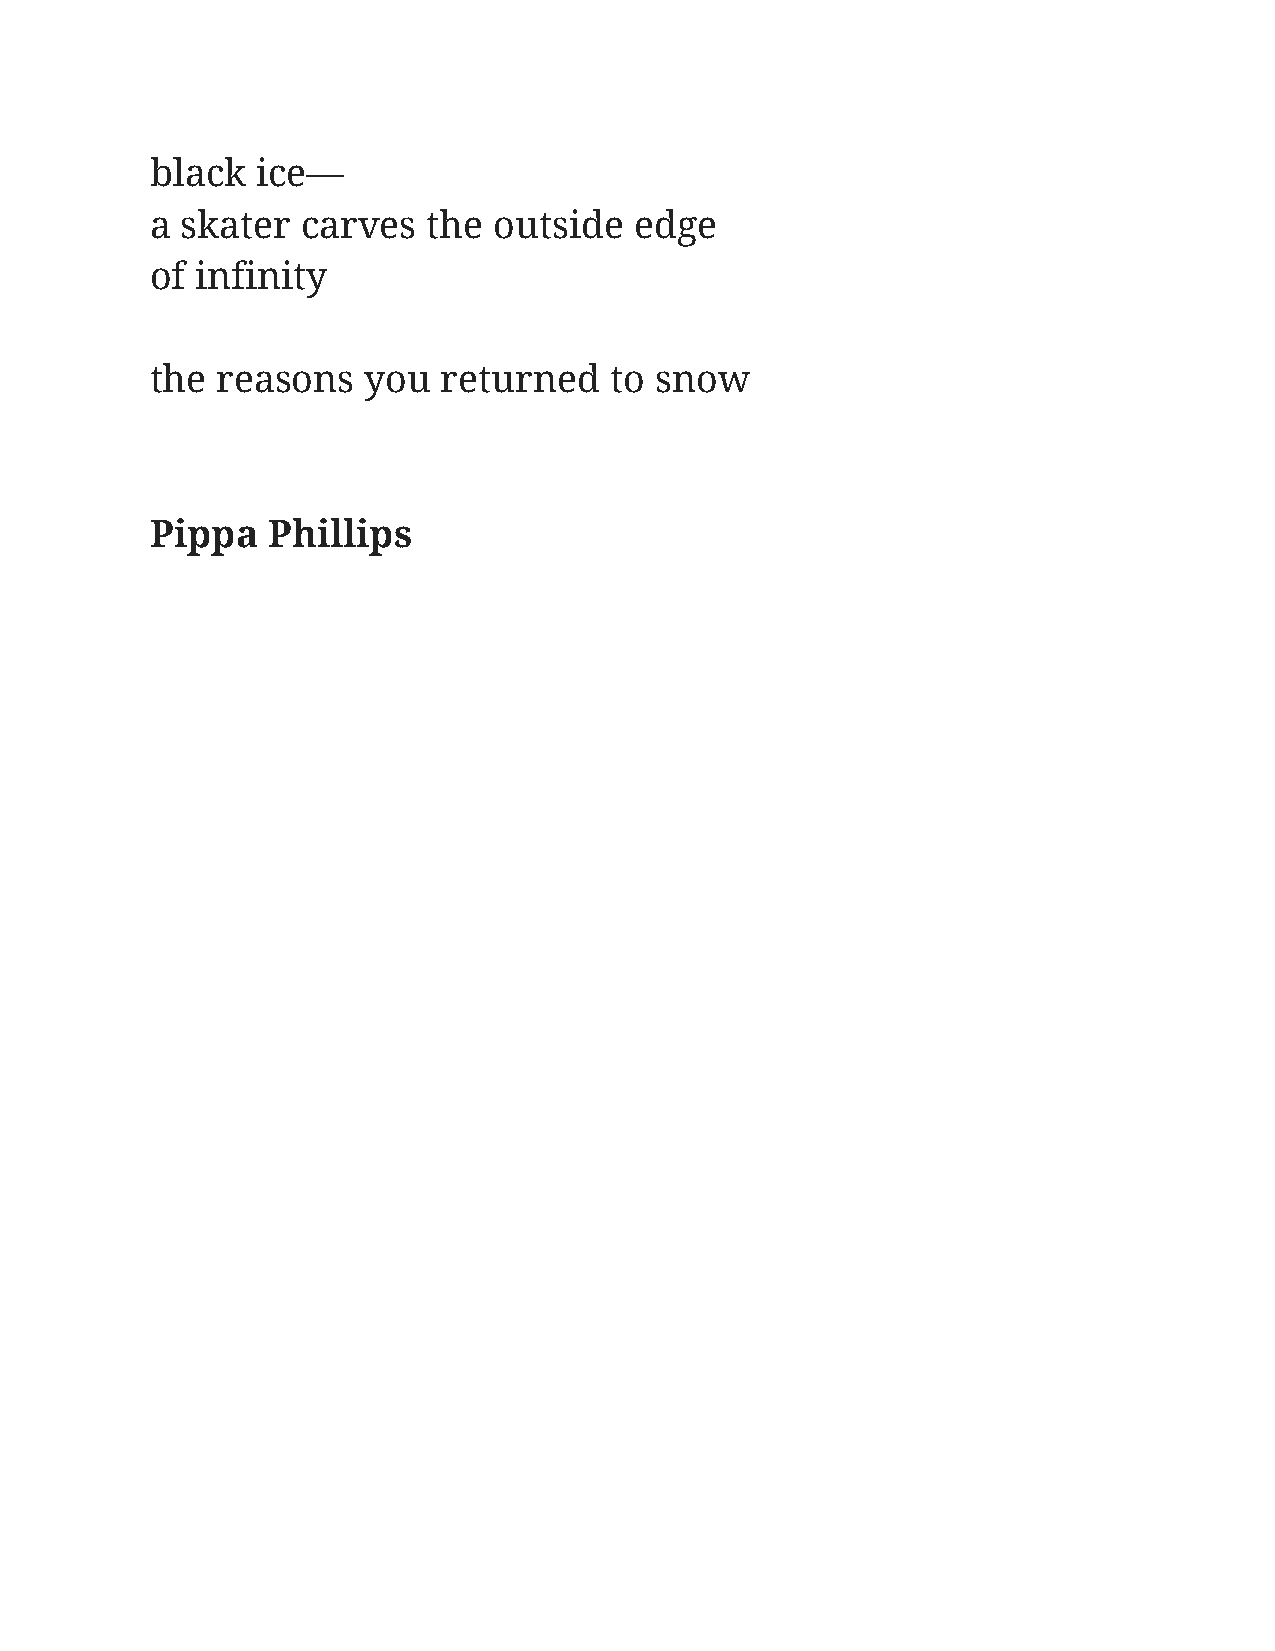
black  ice—
 a skater  carves  the  outside  edge
 of infinity
 the reasons   you  returned   to snow
 Pippa   Phillips